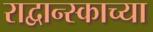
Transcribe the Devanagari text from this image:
राद्वान्स्काच्या